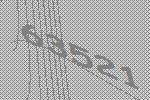
63521